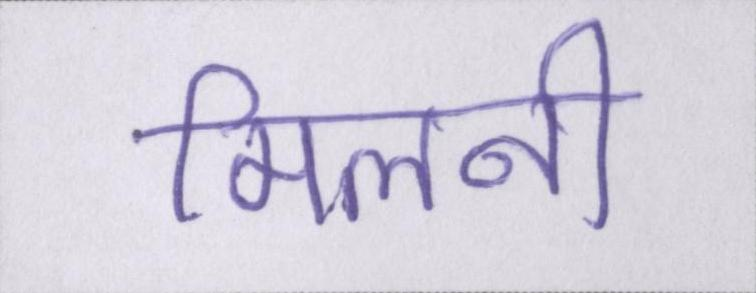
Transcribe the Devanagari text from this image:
मिलनी